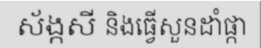
ស័ង្កសី និងធ្វើសួនដាំផ្កា